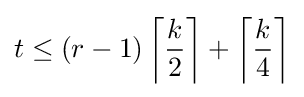
t\leq (r-1)\left\lceil {\frac {k}{2}}\right\rceil +\left\lceil {\frac {k}{4}}\right\rceil